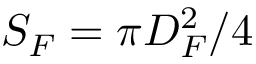
S _ { F } = \pi D _ { F } ^ { 2 } / 4